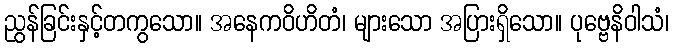
ညွန်ခြင်းနှင့်တကွသော။ အနေကဝိဟိတံ၊ များသော အပြားရှိသော။ ပုဗ္ဗေနိဝါသံ၊